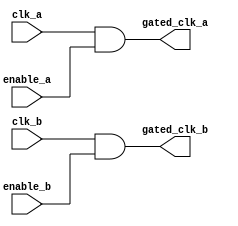
module clock_gating(
    input wire clk_a,         // Clock domain A
    input wire clk_b,         // Clock domain B
    input wire enable_a,      // Enable signal for clock domain A
    input wire enable_b,      // Enable signal for clock domain B
    output wire gated_clk_a,  // Gated clock for domain A
    output wire gated_clk_b   // Gated clock for domain B
);
    // Gating logic using AND gate for clock A
    assign gated_clk_a = clk_a & enable_a;

    // Gating logic using AND gate for clock B
    assign gated_clk_b = clk_b & enable_b;
endmodule